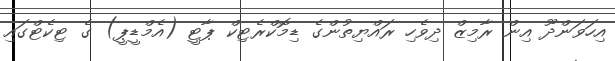
އިހަވަންދޫ އިން ރާމިޒް ދިވެހި ރައްޔިތުންގެ ޑިމޮކްރެޓިކް ޕާޓީ (އެމްޑީޕީ) ގެ ޓިކެޓްގައި